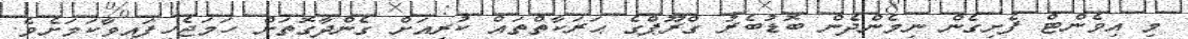
މި އިވެންޓް ފެށިގެން ނިމެންދެން ބޮޑުބެރު ގްރޫޕްގެ ޙަރަކާތްތައް ކުރިއަށް ގެންދާގޮތަށް ހަމަޖެހިފައިވާކަމަށެވެ.